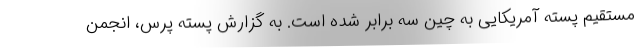
مستقیم پسته آمریکایی به چین سه برابر شده است. به گزارش پسته پرس، انجمن